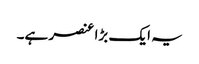
یہ ایک بڑا عنصر ہے۔